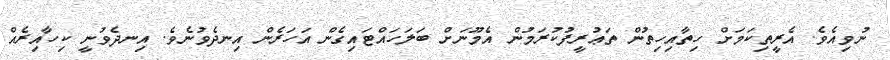
ނުވިއެވެ. އެރީތިކަމަށް ހިތާއިހިތުން ތަޢުރީފުކުރަމުން އެމޫނަށް ބަލަހައްޓައިގެން އަހަރެން އިނދެވުނެވެ. އިނދެވުނީ ކިހާއިރެއް